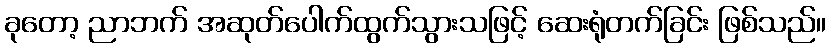
ခုတော့ ညာဘက် အဆုတ်ပေါက်ထွက်သွားသဖြင့် ဆေးရုံတက်ခြင်း ဖြစ်သည်။